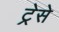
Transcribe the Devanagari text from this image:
ट्रेसे